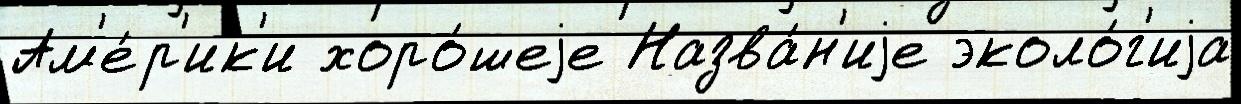
Ам'е́р'ик'и хоро́шеjе Назва́н'иjе эколо́г'иjа